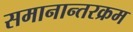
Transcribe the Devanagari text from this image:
समानान्तरक्रम